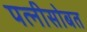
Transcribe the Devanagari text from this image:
पत्नीसोबत